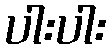
ပါးပါး